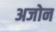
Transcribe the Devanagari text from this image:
अजोन